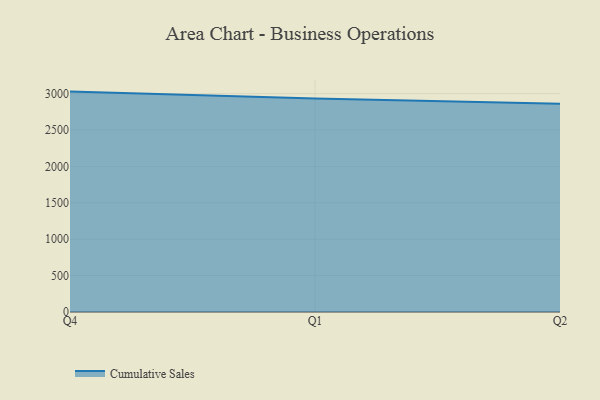
{"axis": {"x": "Quarter", "y": "Demand Index"}, "legend": ["Cumulative Sales"], "data": [{"x": "Q4", "y": 3027.2, "type": "Cumulative Sales"}, {"x": "Q1", "y": 2932.4, "type": "Cumulative Sales"}, {"x": "Q2", "y": 2860.1, "type": "Cumulative Sales"}]}